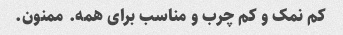
کم نمک و کم چرب و مناسب برای همه. ممنون.